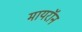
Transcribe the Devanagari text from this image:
मायरॉन